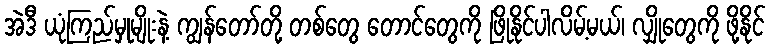
အဲဒီ ယုံကြည်မှုမျိုးနဲ့ ကျွန်တော်တို့ တစ်တွေ တောင်တွေကို ဖြိုနိုင်ပါလိမ့်မယ်၊ လျှိုတွေကို ဖို့နိုင်